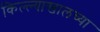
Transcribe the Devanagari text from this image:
किल्ल्याखालच्या